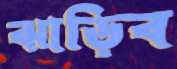
ঝাড়িব